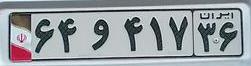
۶۴و۴۱۷۳۶